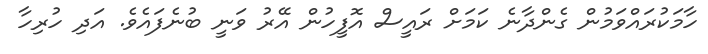
ހާމަކުރައްވަމުން ގެންދާނެ ކަމަށް ރައީސް އޮފީހުން އޭރު ވަނީ ބުނެފައެވެ. އަދި ހުރިހާ